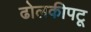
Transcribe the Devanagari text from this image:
ढोलकीपटू